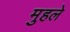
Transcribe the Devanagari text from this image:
मुहले